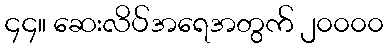
၄၄။ ဆေးလိပ်အရေအတွက် ၂၀၀၀၀